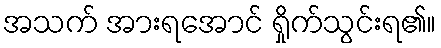
အသက် အားရအောင် ရှိုက်သွင်းရ၏။